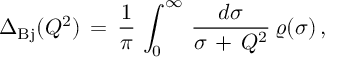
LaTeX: \Delta _ { \mathrm { B j } } ( Q ^ { 2 } ) \, = \, \frac { 1 } { \pi } \, \int _ { 0 } ^ { \infty } \, \frac { d \sigma } { \sigma \, + \, Q ^ { 2 } } \, \varrho ( \sigma ) \, ,